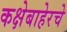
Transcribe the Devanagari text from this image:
कक्षेबाहेरचे